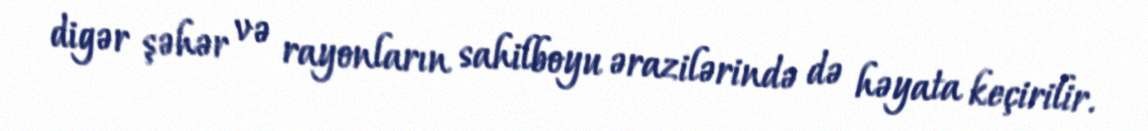
digər şəhər və rayonların sahilboyu ərazilərində də həyata keçirilir.